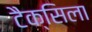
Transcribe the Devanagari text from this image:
टैक्सिला